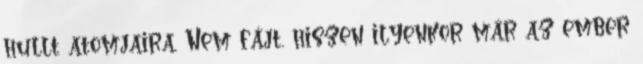
hullt atomjaira. Nem fájt, hiszen ilyenkor már az ember